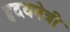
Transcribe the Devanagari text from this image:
हृदयनेत्री